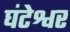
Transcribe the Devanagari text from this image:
घंटेश्वर